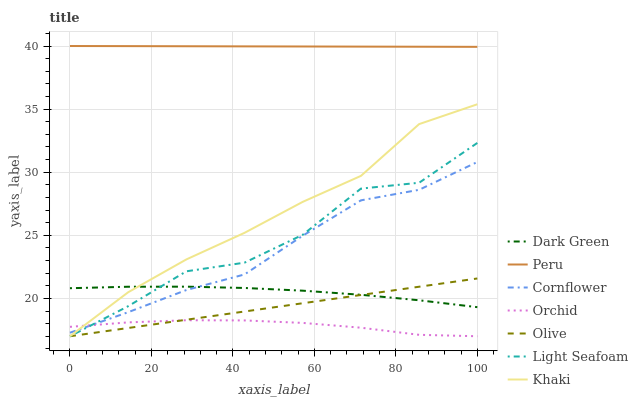
| xaxis_label | Dark Green | Peru | Cornflower | Orchid | Olive | Light Seafoam | Khaki |
 | --- | --- | --- | --- | --- | --- | --- | --- |
 | 0 | 20.8 | 40 | 17.3 | 17.7 | 17 | 17 | 17 |
 | 14.3 | 20.9 | 40 | 18.9 | 18.1 | 17.7 | 19.4 | 20.5 |
 | 28.6 | 20.9 | 40 | 20.7 | 18.3 | 18.3 | 22.1 | 23.1 |
 | 42.9 | 20.8 | 40 | 21.9 | 18.3 | 19 | 22.8 | 25.2 |
 | 57.1 | 20.6 | 40 | 25 | 18.1 | 19.6 | 25 | 27.7 |
 | 71.4 | 20.3 | 40 | 27.8 | 17.7 | 20.3 | 28.7 | 29.7 |
 | 85.7 | 19.9 | 39.9 | 28.6 | 17.1 | 20.9 | 29.2 | 33.8 |
 | 100 | 19.3 | 39.9 | 30.8 | 17 | 21.6 | 32.3 | 35.4 |